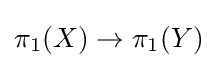
\pi _{1}(X)\to \pi _{1}(Y)